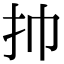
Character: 㧆